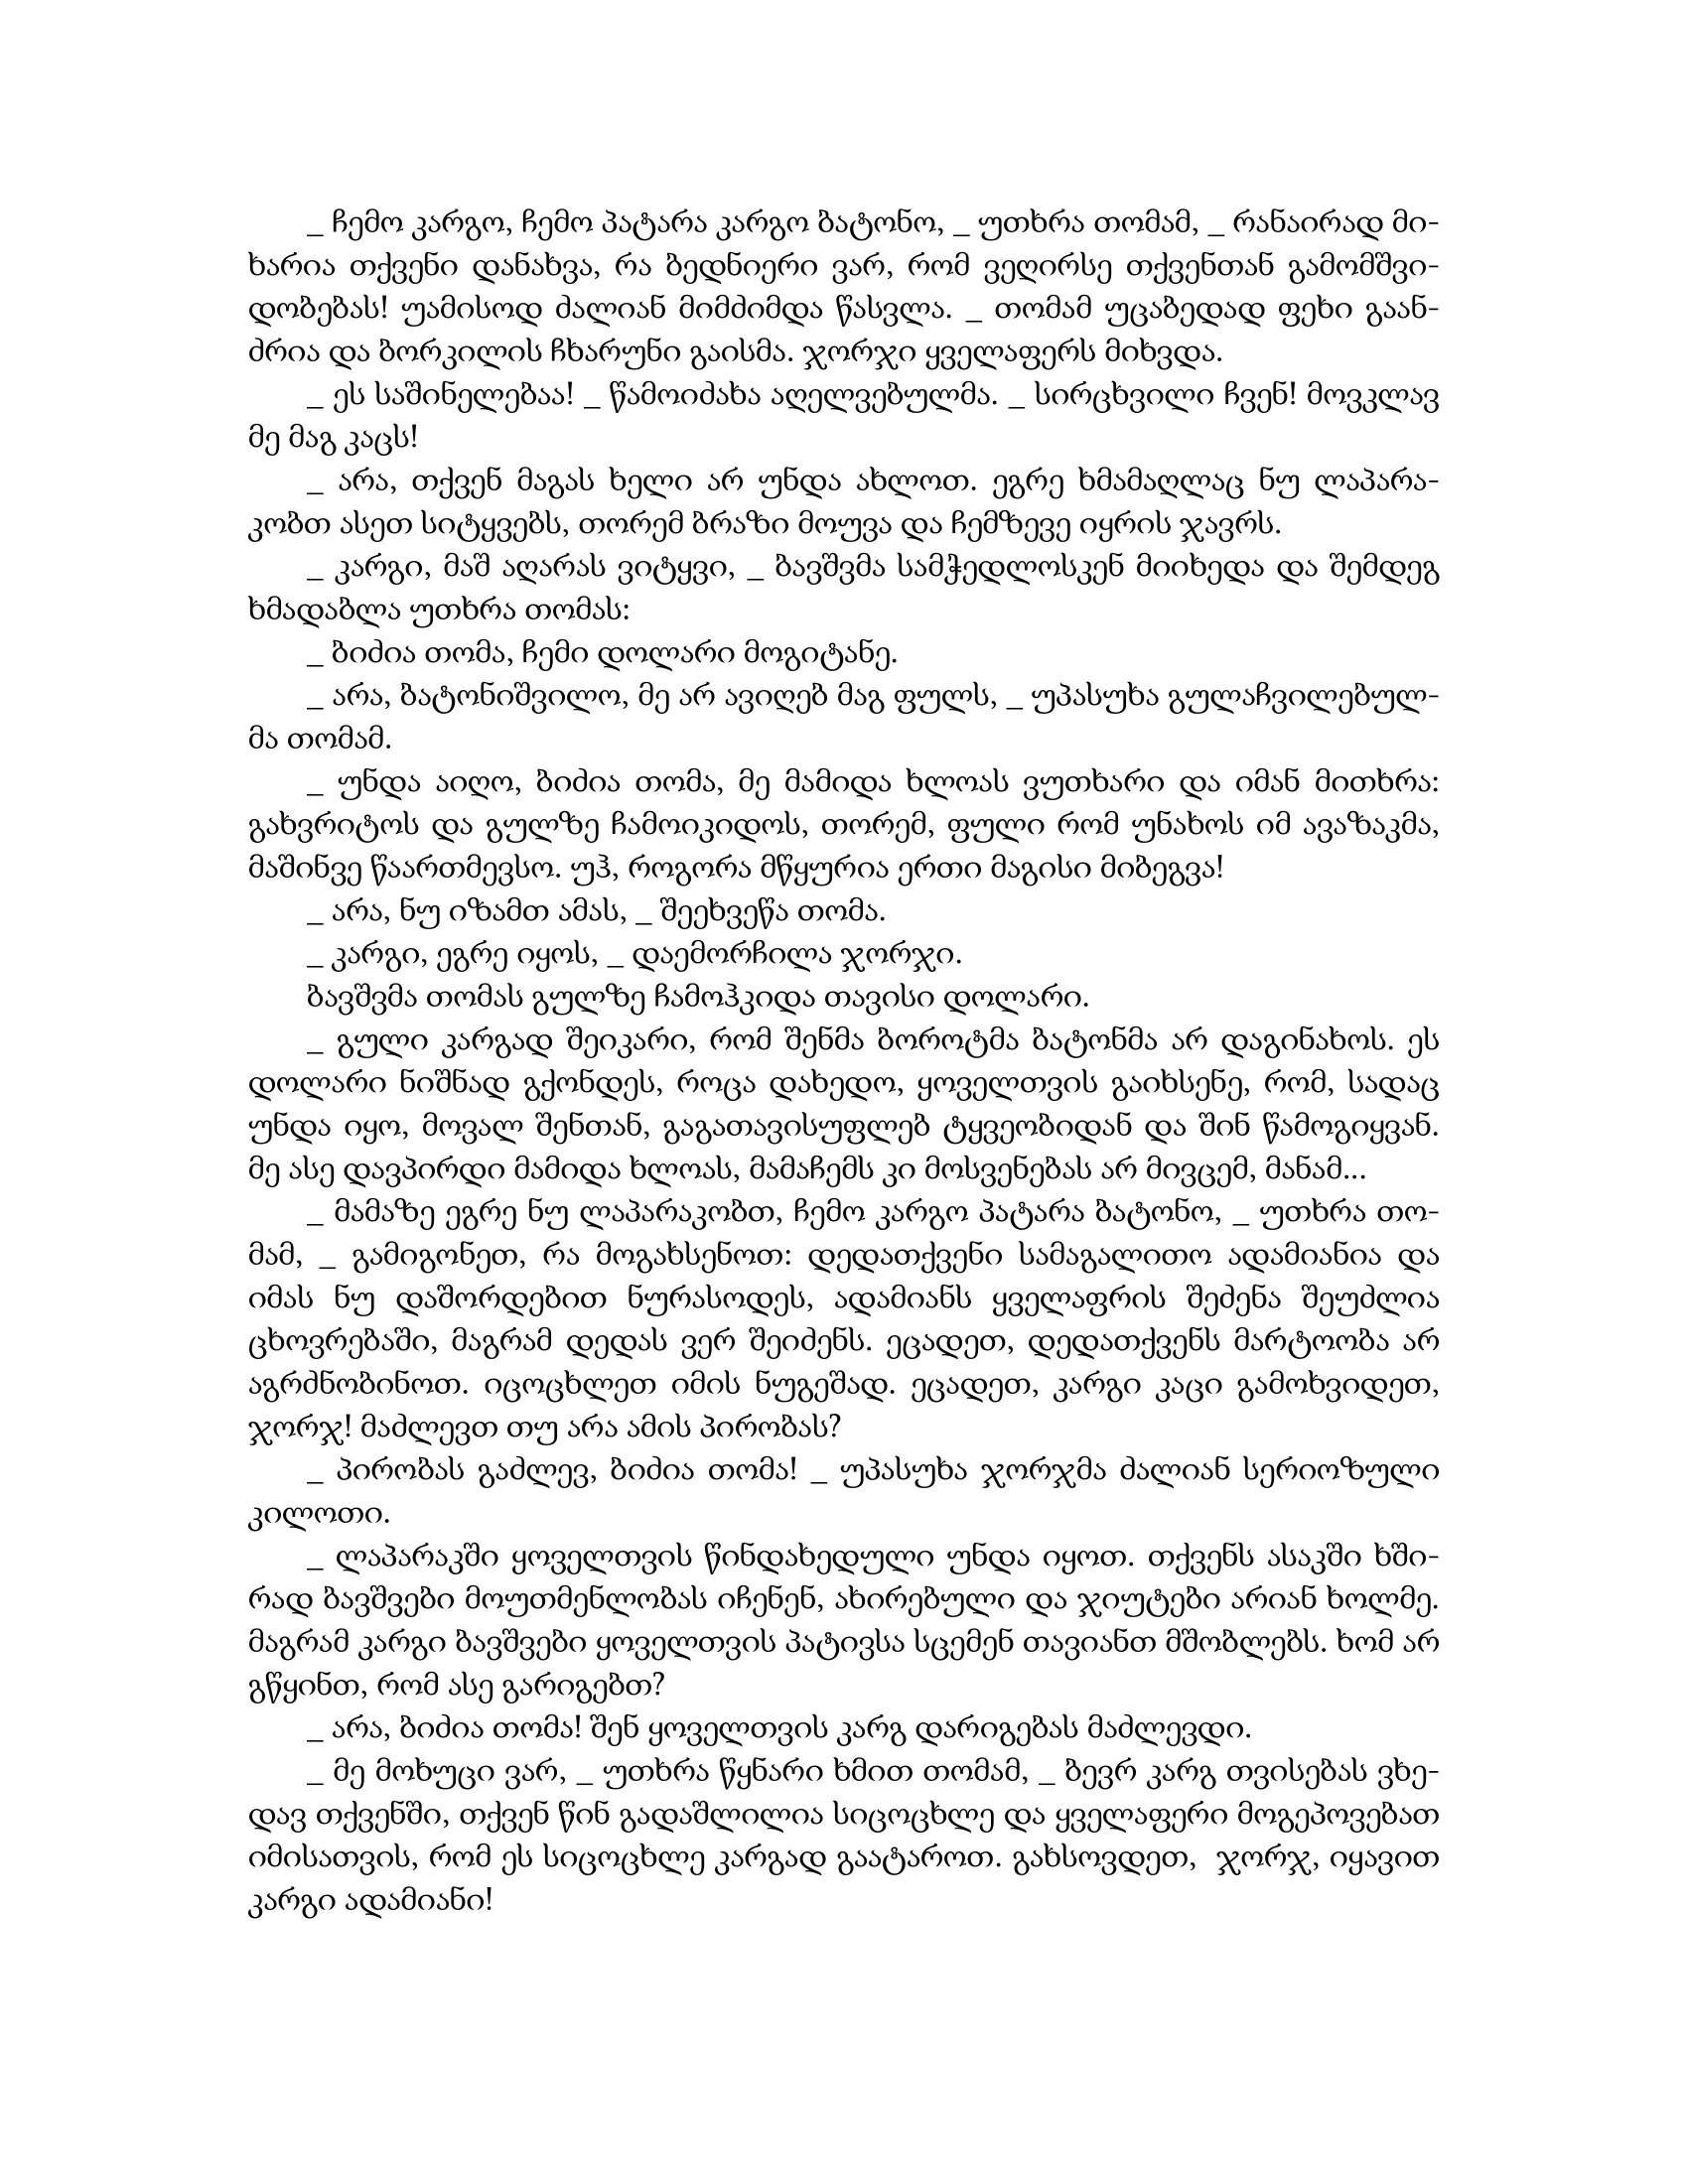
Language: gr